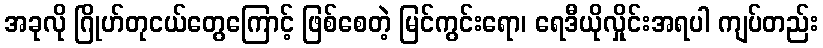
အခုလို ဂြိုဟ်တုငယ်တွေကြောင့် ဖြစ်စေတဲ့ မြင်ကွင်းရော၊ ရေဒီယိုလှိုင်းအရပါ ကျပ်တည်း